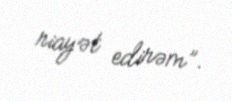
riayət edirəm”.